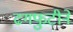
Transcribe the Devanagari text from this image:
ढगफुटीने